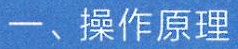
一、操作原理